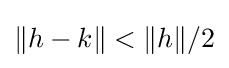
\|h-k\|<\|h\|/2